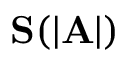
\mathbf { S } ( | \mathbf { A } | )